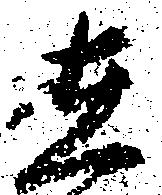
在